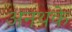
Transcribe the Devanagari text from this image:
अनथके